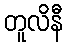
တူလိနီ